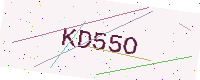
Text: KD55O